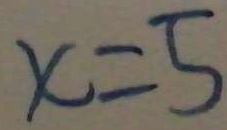
x = 5